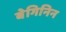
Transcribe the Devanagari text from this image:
बेगिनिन